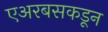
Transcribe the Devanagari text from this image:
एअरबसकडून